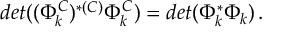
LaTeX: d e t ( ( \Phi _ { k } ^ { C } ) ^ { * ( C ) } \Phi _ { k } ^ { C } ) = d e t ( \Phi _ { k } ^ { * } \Phi _ { k } ) \, .